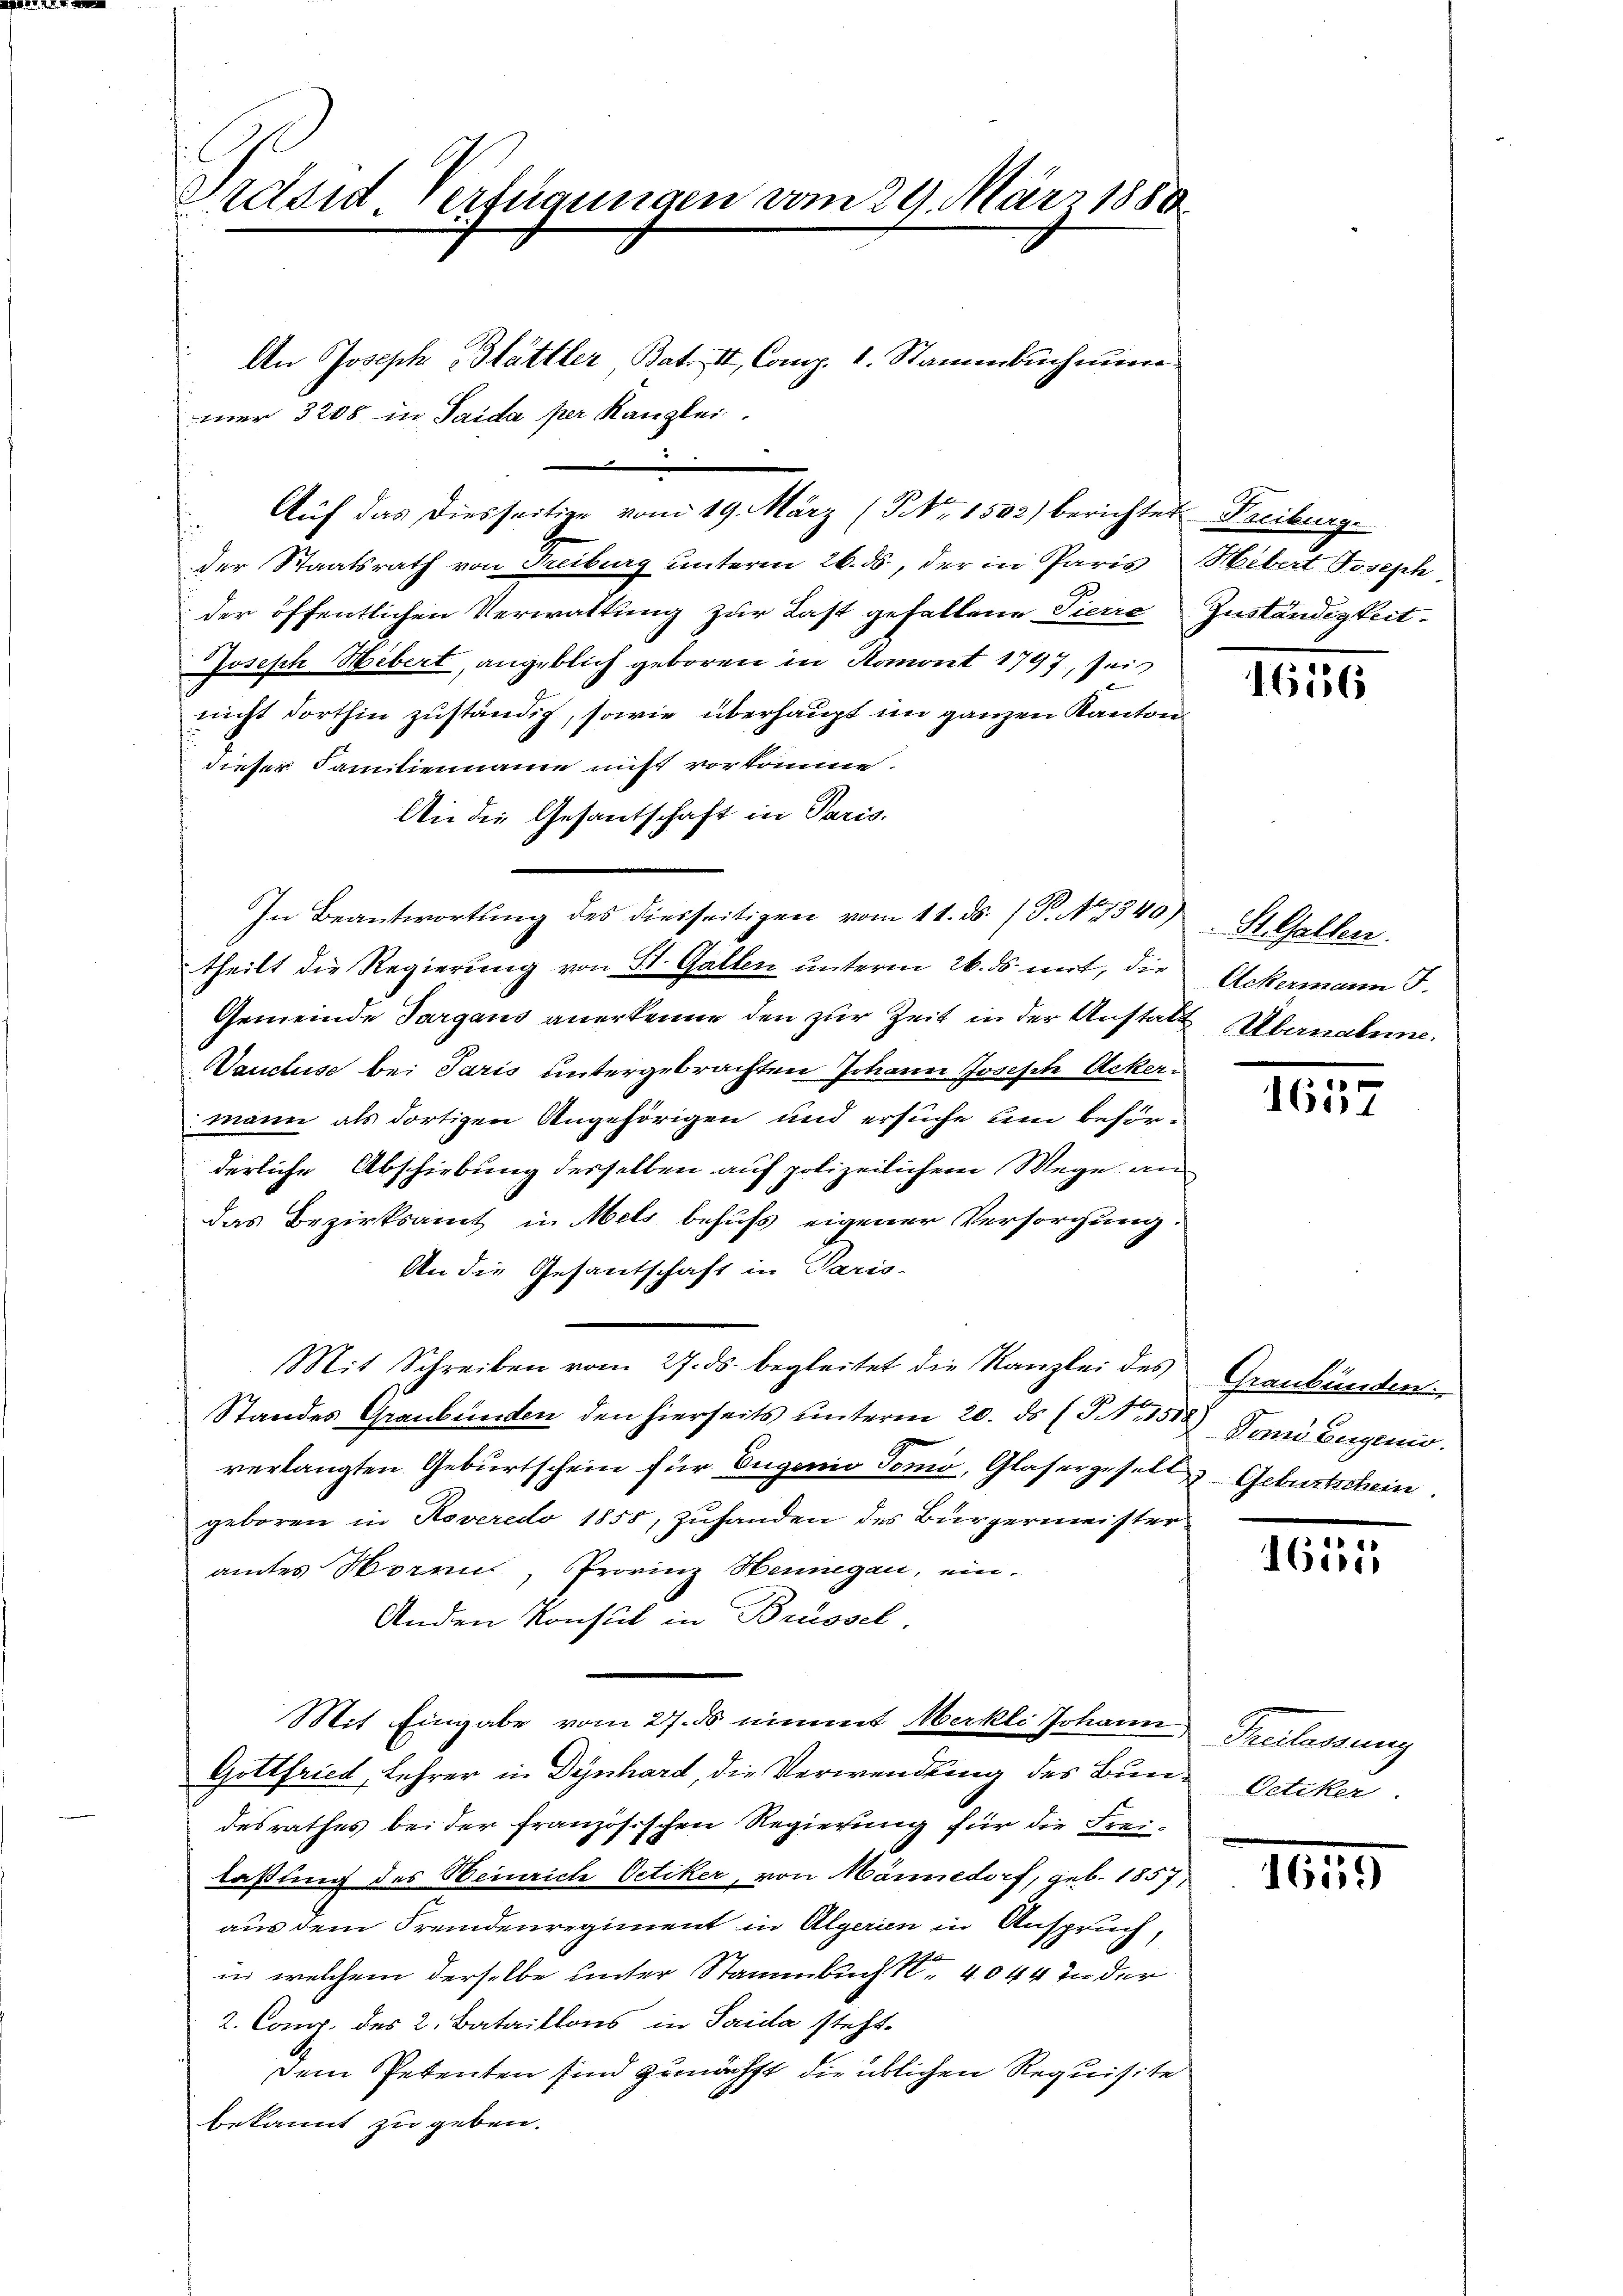
Srdsid Verfügungen vom 29. März 1888

An Joseph Stattler Bat. II, Comp. 1. Stammbuchmann
mer 3208. in Saida per Kanzlei.
der Staatsrath von Freiburg unterm 26. ds, der in Paris Hebert Joseph
der öffentlichen Verwaltung zur Last gefallene Pierre
Joseph Hebert, angeblich geboren in Romont 1797, sei
nicht dorthin zuständig, sowie überhaupt im ganzen Kanton
dieser Familienname nicht vorkomme.
An die Gesantschaft in Paris.
In Beantwortung des diesseitigen vom 11. ds. (T. No 1340)
theilt die Regierung von St. Gallen unterm 26. ds. mit, die
Gemeinde Sargaus anerkenne den zur Zeit in der Anstatt Abenaben.
Vaudluse bei Paris untergebrachten Johann Joseph Ackermann als dortigen Angehörigen und ersuche um beförderliche Abschiebung derselben auf polizeilichem Wege an
Das Bezirksamt in Mels behufs eigener Versorgung.
An die Gesantschaft in Paris-
Mit Schreiben vom 27. ds. begleitet die Kanzlei des
Standes Graubünden den hierseits unterm 20. ds (NNo. 1512 Vandangenio
verlangten Geburtschein für Eugenie Tomo, Glasergesell Geburtschein.
geboren in Roveredo 1858, Zuhanden des Bürgermeister
amtes Worms, Provinz Heinigen, ein-
Anden Konsul in Brüssel.
Mit Eingabe vom 27. ds. nimmt Merkli Johann
Gottfried, Lehrer in Dynhard, die Verwendung des Bundesrathes bei der französischen Regierung für die Frei-
laßung des Heinrich Oetiker, von Männedorf, geb. 1857,
aus dem Fremdenregiment in Algerien in Anspruch,
in welchem derselbe unter Stammbuch 14044 in der
2. Cong. des 2. Bataillons in Saida steht.
Dem Petenten sind zunächst die üblichen Requisite
bekannt zu geben.

Auf das diesseitige vom 19. März (NNo. 1503) berichtet Freiburg

Zuständigkeit.

46186

St. Gallen.
Ackermann J.

1657

Graubünden.

1651,

Treiterung
Oetiker

1649